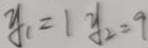
y _ { 1 } = 1 y _ { 2 } = 9